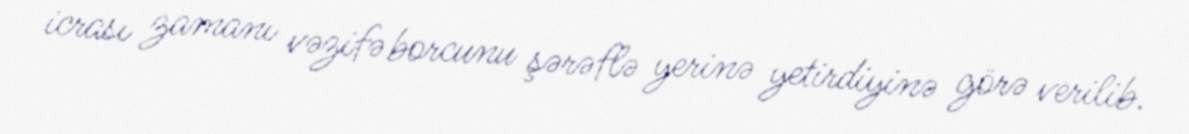
icrası zamanı vəzifə borcunu şərəflə yerinə yetirdiyinə görə verilib.